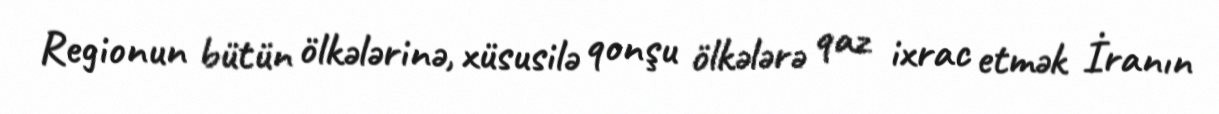
Regionun bütün ölkələrinə, xüsusilə qonşu ölkələrə qaz ixrac etmək İranın